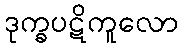
ဒုက္ခပဋိကူလော